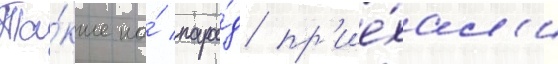
Та́кже на́ пара́д пр'ие́хал'и